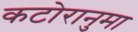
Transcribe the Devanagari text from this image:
कटोरानुमा